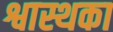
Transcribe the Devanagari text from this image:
श्वास्थका